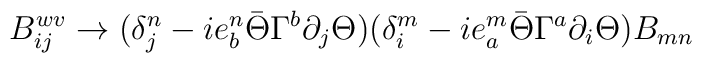
B^{wv}_{ij} \rightarrow  (\delta_j^n - i e_b^n \bar{\Theta} \Gamma^b \partial_j \Theta)  (\delta_i^m  - i e_a^m \bar{\Theta} \Gamma^a \partial_i \Theta) B_{mn}